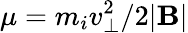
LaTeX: \mu=m_{i}v_{\perp}^{2}/2|\mathbf{B}|